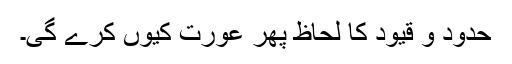
حدود و قیود کا لحاظ پھر عورت کیوں کرے گی۔